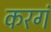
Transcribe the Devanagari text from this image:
करगं